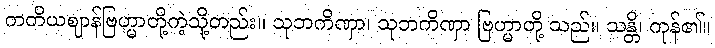
တတိယဈာန်ဗြဟ္မာတို့ကဲ့သို့တည်း။ သုဘကိဏှာ၊ သုဘကိဏှာ ဗြဟ္မာတို့ သည်။ သန္တိ၊ ကုန်၏။